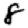
Digit: 8